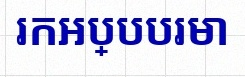
រកអប្បបរមា